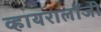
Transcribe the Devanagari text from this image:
व्हायरालॉजी